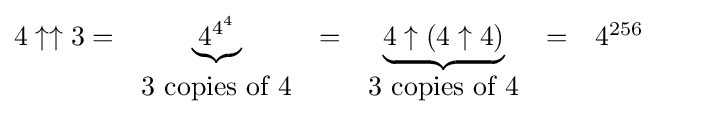
{\begin{matrix}4\uparrow \uparrow 3=&\underbrace {4^{4^{4}}} &=&\underbrace {4\uparrow (4\uparrow 4)} &=&4^{256}&&\\&3{\mbox{ copies of }}4&&3{\mbox{ copies of }}4\end{matrix}}